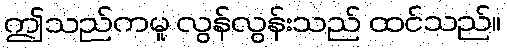
ဤသည်ကမူ လွန်လွန်းသည် ထင်သည်။